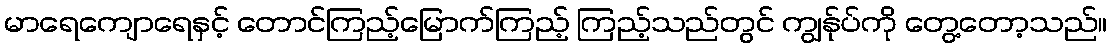
မာရေကျောရေနှင့် တောင်ကြည့်မြောက်ကြည့် ကြည့်သည်တွင် ကျွန်ုပ်ကို တွေ့တော့သည်။